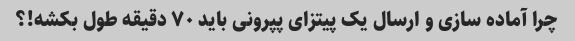
چرا آماده سازی و ارسال یک پیتزای پپرونی باید ۷۰ دقیقه طول بکشه!؟